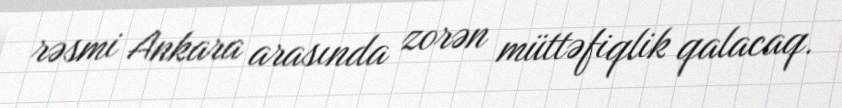
rəsmi Ankara arasında zorən müttəfiqlik qalacaq.